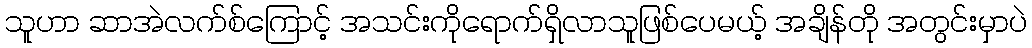
သူဟာ ဆာအဲလက်စ်ကြောင့် အသင်းကိုရောက်ရှိလာသူဖြစ်ပေမယ့် အချိန်တို အတွင်းမှာပဲ